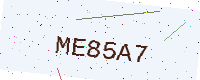
Text: ME85A7